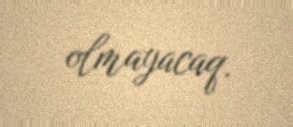
olmayacaq.